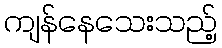
ကျန်နေသေးသည့်